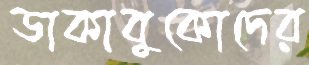
ডাকাবুকোদের